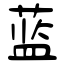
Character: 蓝